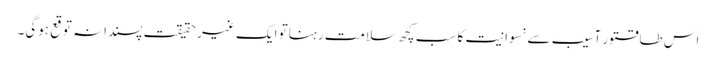
اس طاقتور آسیب سے نسوانیت کا سب کچھ سلامت رہنا تو ایک غیر حقیقت پسندانہ توقع ہوگی۔